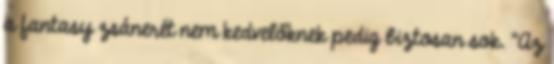
a fantasy zsánerét nem kedvelőknek pedig biztosan sok. "Az